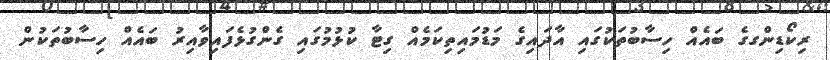
ރިކޯޑިންގގެ ބައެއް ހިސާބުތަކުގައި އާދައިގެ މަޑުމައިތިކަމެއް ގިޓާ ކުޅުމުގައި ގެންގުޅެފައިވާއިރު ބައެއް ހިސާބުތަކުން